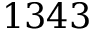
1 3 4 3